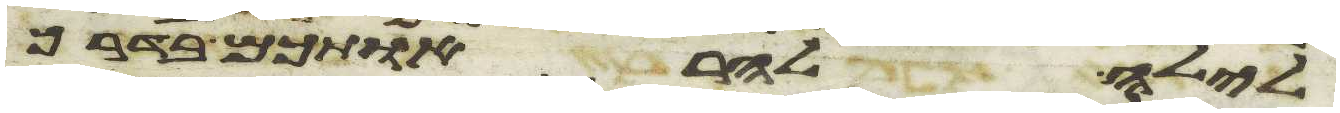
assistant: לילה להראותכם בדרך